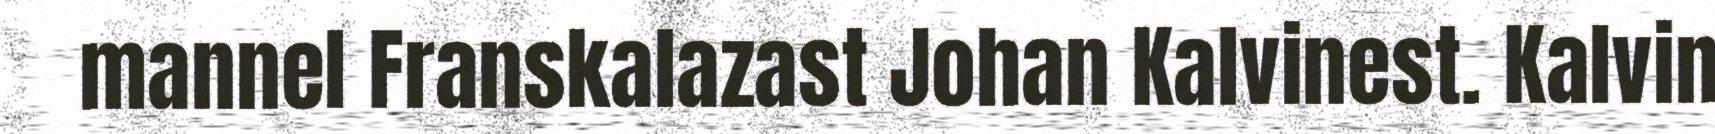
mannel Franskalazast Johan Kalvinest. Kalvin